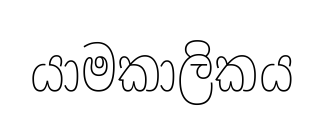
යාමකාලිකය